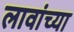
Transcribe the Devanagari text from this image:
लावांच्या